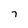
Character: 7